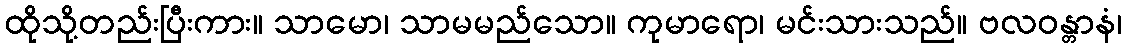
ထိုသို့တည်းပြီးကား။ သာမော၊ သာမမည်သော။ ကုမာရော၊ မင်းသားသည်။ ဗလဝန္တာနံ၊